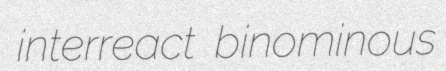
interreact binominous